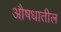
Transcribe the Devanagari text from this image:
औषधातील